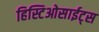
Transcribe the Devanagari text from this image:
हिस्टिओसाईट्स